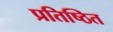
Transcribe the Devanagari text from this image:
प्रतिष्‍िठत